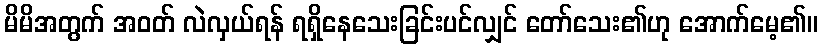
မိမိအတွက် အဝတ် လဲလှယ်ရန် ရရှိနေသေးခြင်းပင်လျှင် တော်သေး၏ဟု အောက်မေ့၏။